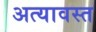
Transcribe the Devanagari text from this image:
अत्यावस्त